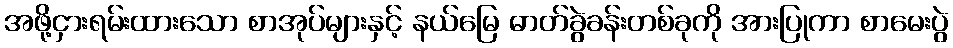
အဖို့ငှားရမ်းထားသော စာအုပ်များနှင့် နယ်မြေ ဓာတ်ခွဲခန်းတစ်ခုကို အားပြုကာ စာမေးပွဲ